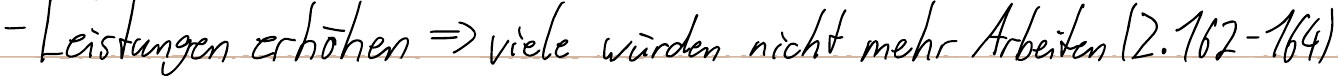
- Leistungen erhöhen => viele würden nicht mehr Arbeiten (Z. 162- 164)